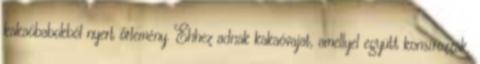
kakaóbabokból nyert őrlemény. Ehhez adnak kakaóvajat, amellyel együtt konsírozzák,